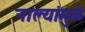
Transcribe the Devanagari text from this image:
नाल्यांमुळे